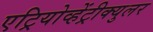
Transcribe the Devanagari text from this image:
एट्रियोव्हेंट्रीक्युलर